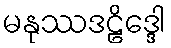
မနုဿဒဠိဒ္ဒေါ